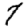
Digit: 7